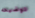
توضيحه